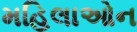
મહિલાઓન